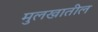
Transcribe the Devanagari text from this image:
मुलखातील